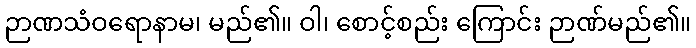
ဉာဏသံဝရောနာမ၊ မည်၏။ ဝါ၊ စောင့်စည်း ကြောင်း ဉာဏ်မည်၏။